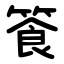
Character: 篒